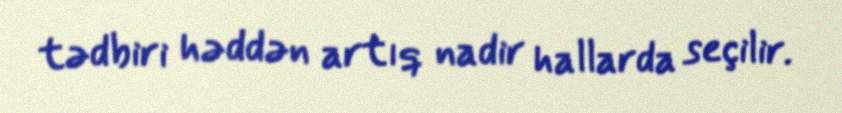
tədbiri həddən artıq nadir hallarda seçilir.